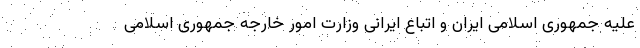
علیه جمهوری اسلامی ایران و اتباع ایرانی وزارت امور خارجه جمهوری اسلامی